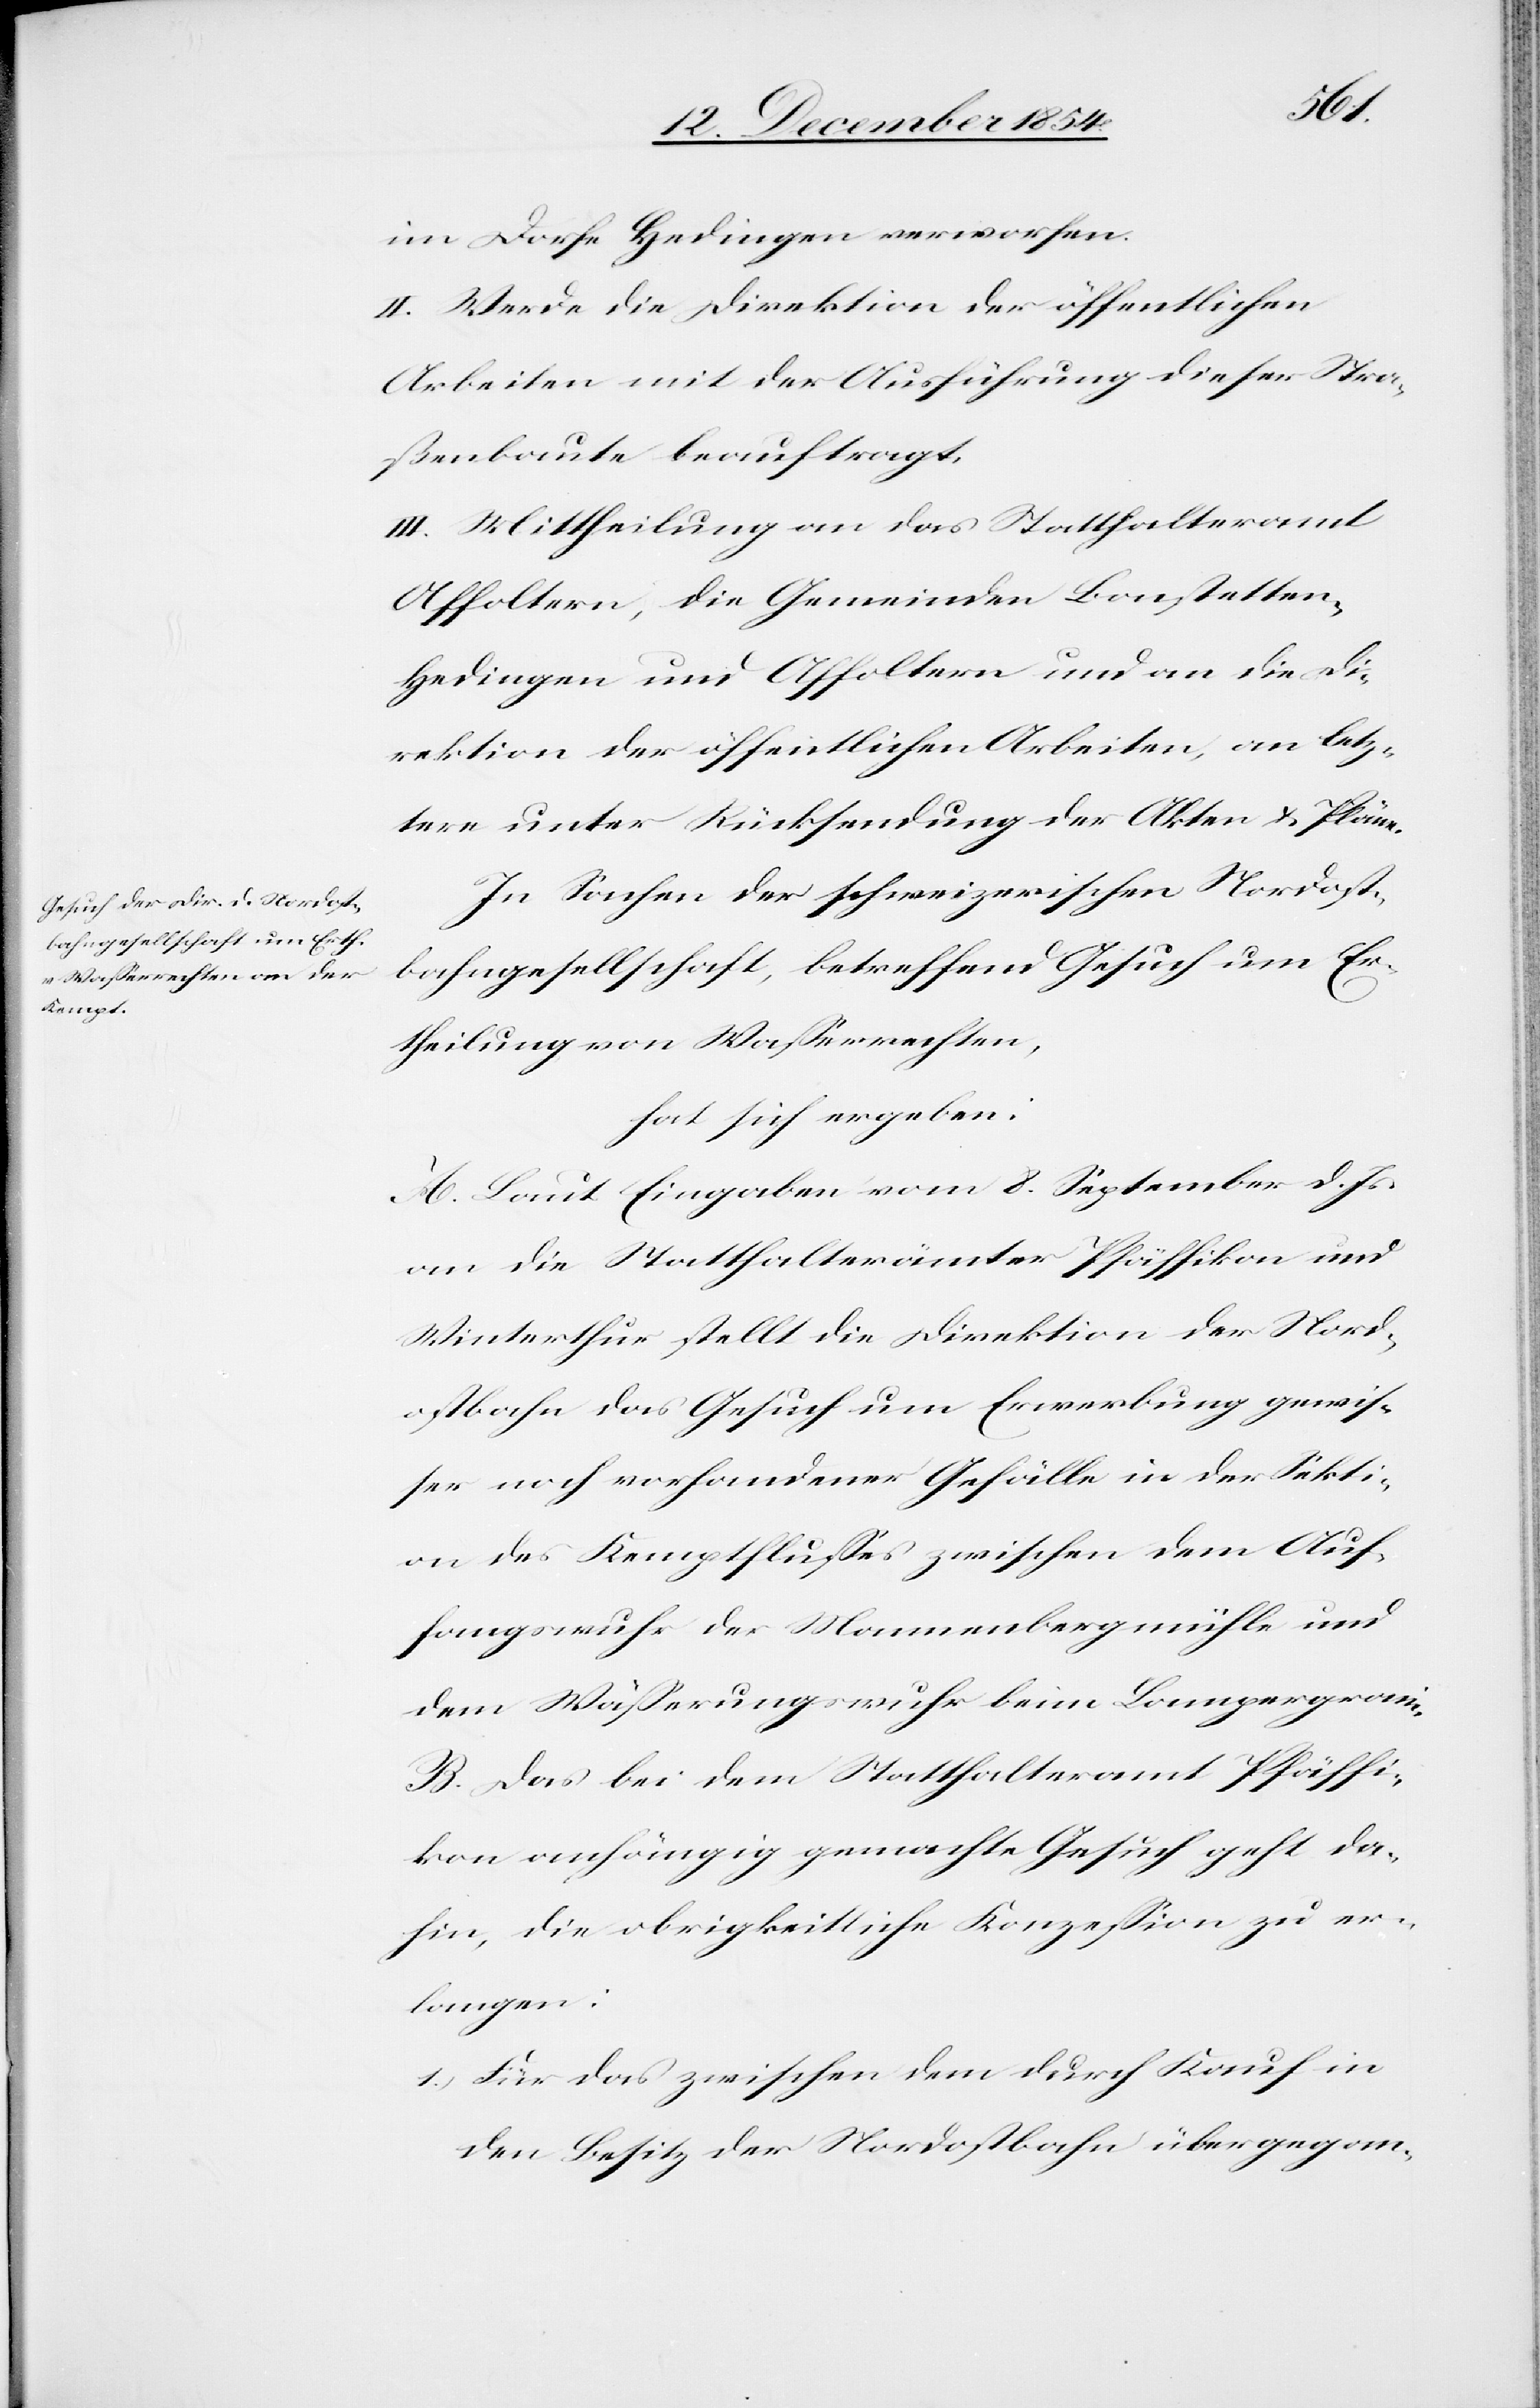
im Dorfe Hedingen verworfen.
II. Werde die Direktion der öffentlichen
Arbeiten mit der Ausführung dieser Stra¬
ßenbaute beauftragt.
III. Mittheilung an das Statthalteramt
Affoltern, die Gemeinden Bonstetten,
Hedingen und Affoltern und an die Di¬
rektion der öffentlichen Arbeiten, an letz¬
tere unter Rücksendung der Akten & Pläne.
In Sachen der schweizerischen Nordost¬
bahngesellschaft, betreffend Gesuch um Er¬
theilung von Waßerrechten,
hat sich ergeben:
A. Laut Eingaben vom 8. September d. Js.
an die Statthalterämter Pfäffikon und
Winterthur stellt die Direktion der Nord¬
ostbahn das Gesuch um Erwerbung gewiß¬
er noch vorhandener Gefälle in der Sekti¬
on des Kemptflußes zwischen dem Auf¬
fangswuhr der Mannenbergmühle und
dem Wäßerungswuhr beim Lampergrain.
B. Das bei dem Statthalteramt Pfäffi¬
kon anhängig gemachte Gesuch geht da¬
hin, die obrigkeitliche Konzeßion zu er¬
langen:
1.) Für das zwischen dem durch Kauf in
den Besitz der Nordostbahn übergegan-